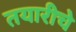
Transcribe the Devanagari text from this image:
तयारीचे